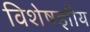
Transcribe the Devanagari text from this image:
विशेषज्ञीय